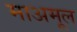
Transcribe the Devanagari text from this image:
माअमूल